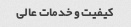
کیفیت و خدمات عالی